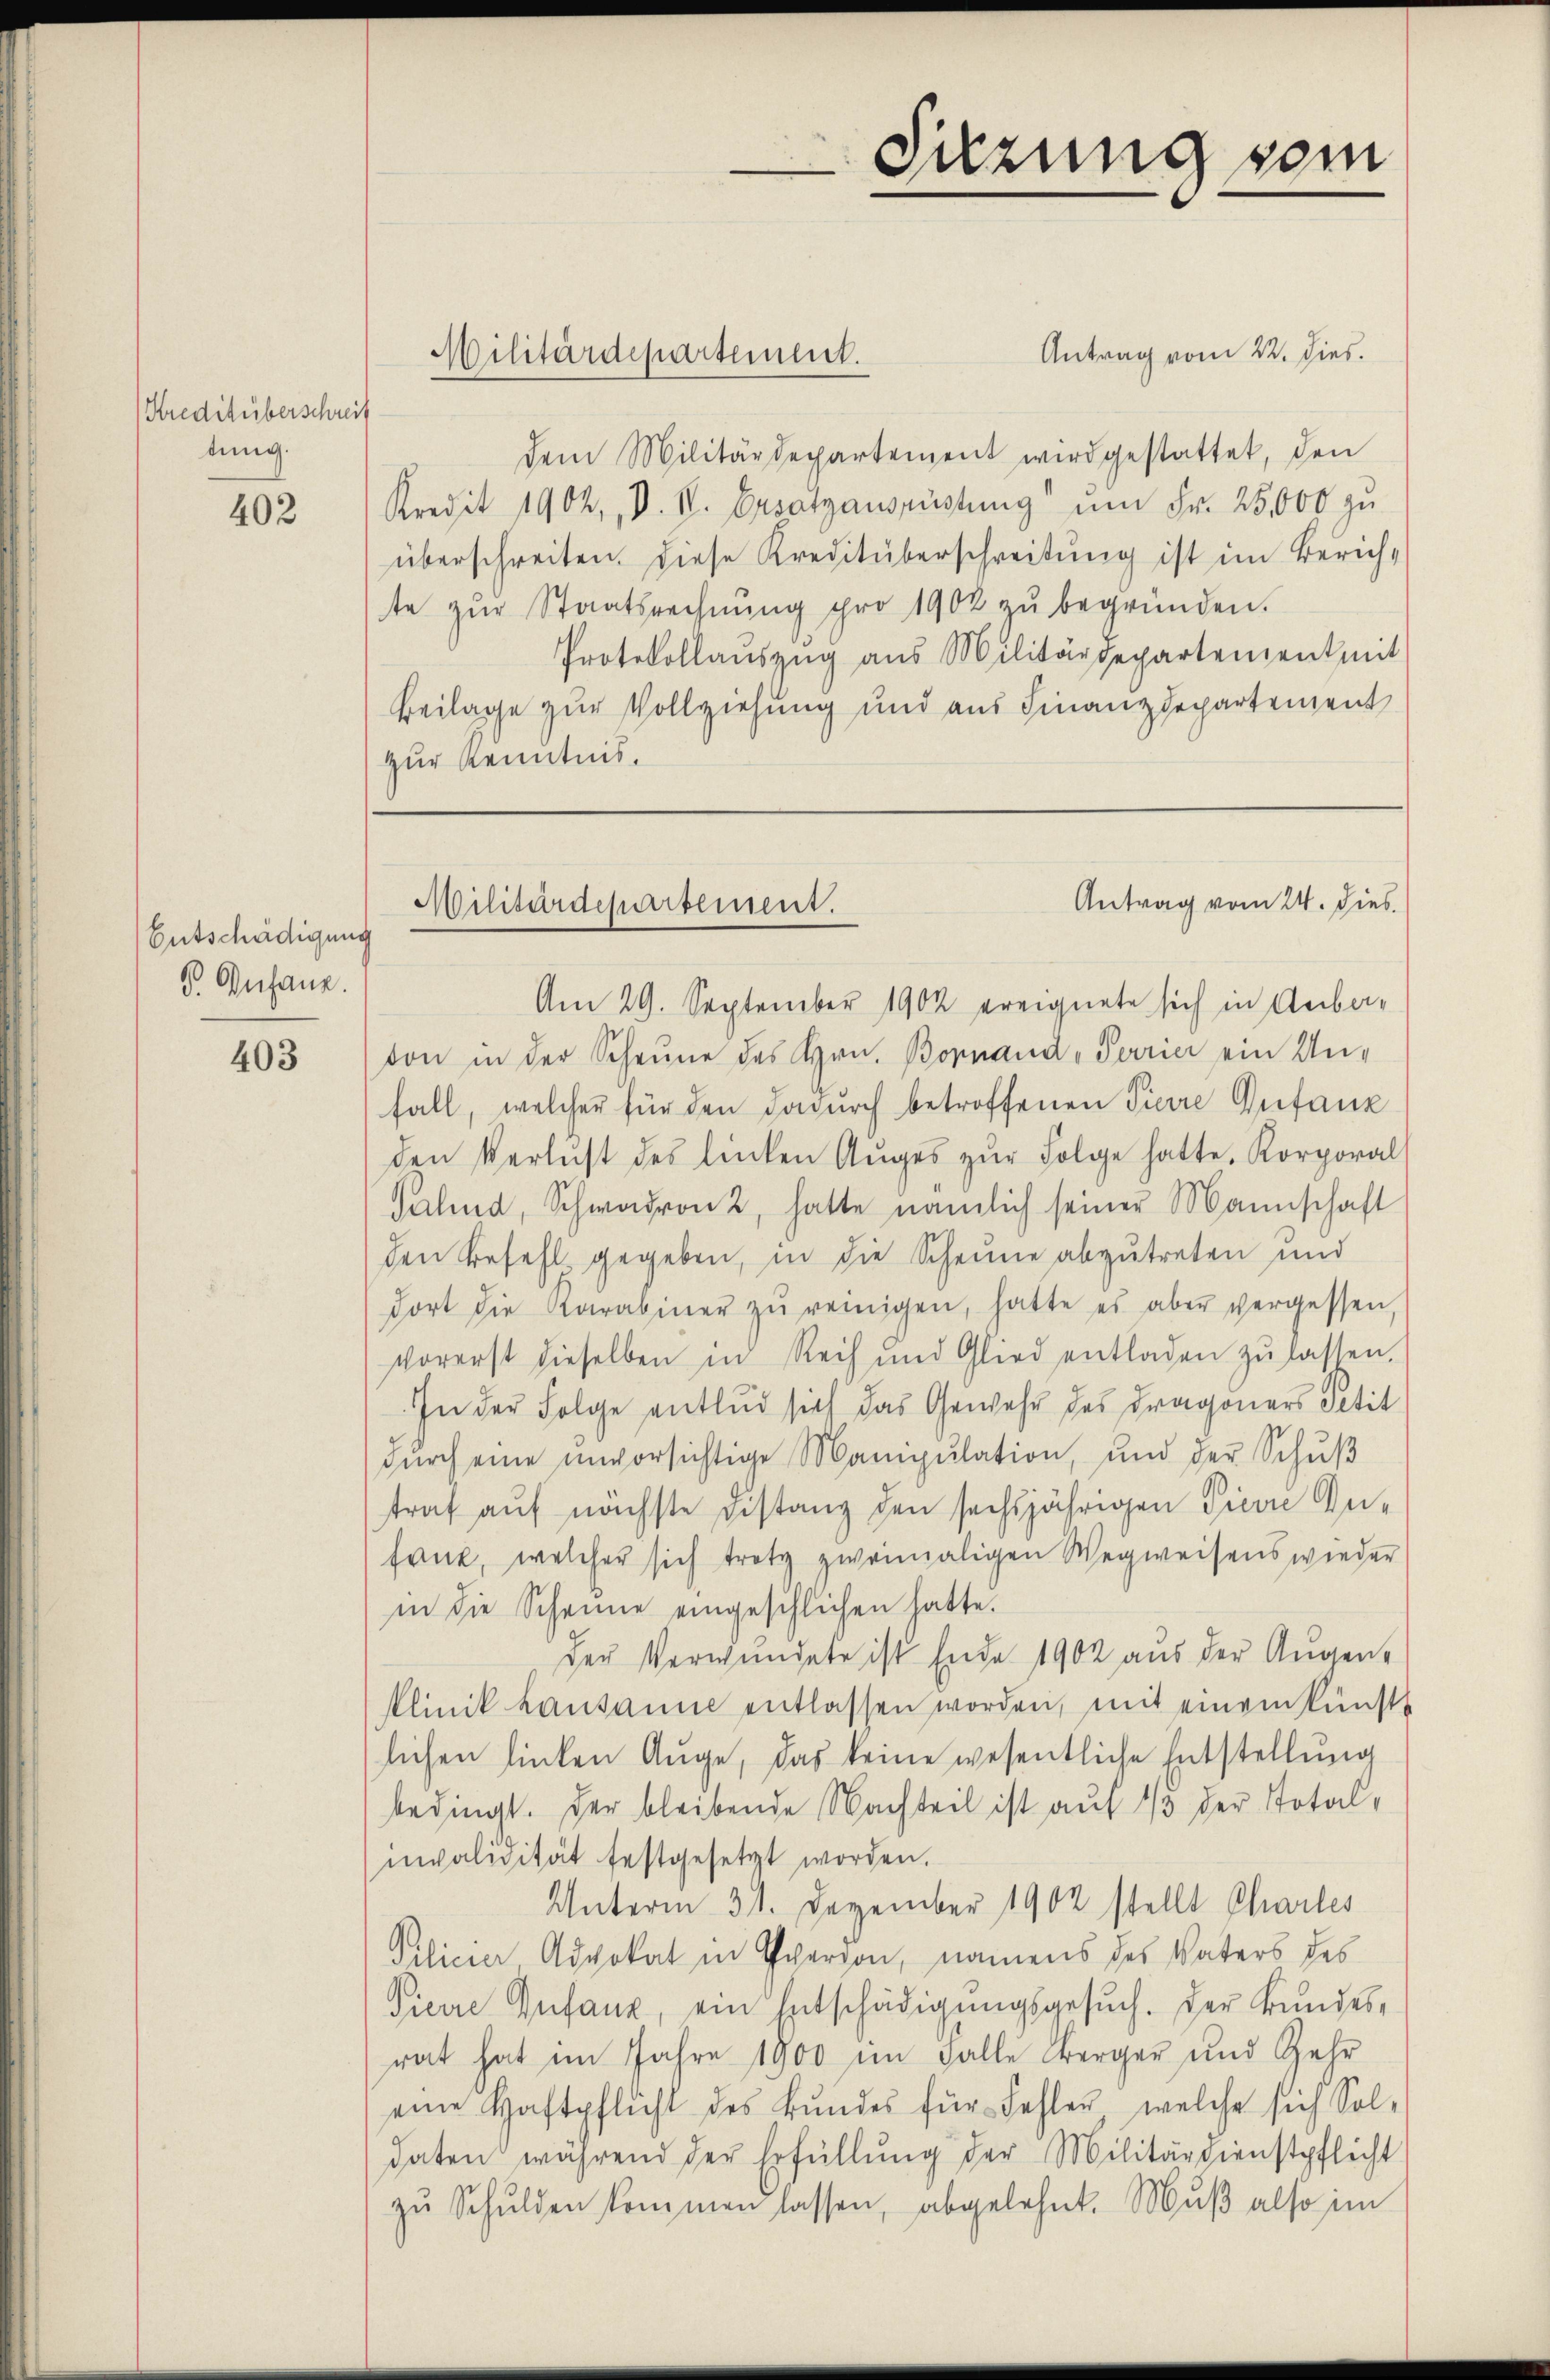
Kreditüberschreit
tung.

402

Entschädigung
P Anhang.

403

Antrag vom 22. dies.
dem Militärdepartement wird gestattet, den
Kredit 1902, D. V. Ersatzausrüstung" ŭm Fr. 25,000 zu
überschreiten. Diese Kreditüberschreitung ist im Zürichte zŭr Staatsrechnŭng pro 1902 zŭ begründen.
Protokollauszug aus Militärdepartement mit
Beilage zur Vollziehung und aus Finanzdepartement
zur Kenntnis.

Militärdepartement.
.

Sitzung vom

Antrag vom 24. dies
Militärdepartement.

Am 29. September 1902 ereignete sich in Anbe-
von in der Scheune des Hrn. Bornaud-Terrier ein Unfall, welcher für den dadurch betroffenen Pierre Anfanz
den Verlust des linken Aŭges zŭr Folge hatte, Korporal
Salind, Schwadron 2, hatte nämlich seiner Mannschaft
den Befehl gegeben, in die Scheune abzutreten und
dort die Karabiner zŭ reinigen, hatte es aber vergessen,
vorerst dieselben in Reih und Glied entladen zŭ lassen.
In der Folge entlud sich das Gewehr des Dragoners Petit
dŭrch eine unvorsichtige Manipulation, und der Schŭβ
straf auf nächste Distanz den sechsjährigen Pierre Zufank, welcher sich trotz zweimaligen Wegweisens wieder
in die Scheine eingeschlichen hatte.
der Verwundete ist Ende 1902 aus der Augen¬
Plinik Lausanne entlassen worden, mit einem künst
lichen linken Auge, das keine wesentliche Entstellung
bedingt. Der bleibende Nachteil ist auf 1/3 der Totalnivalidität festgesetzt worden.
Unterm 31. Dezember 1902 stellt Charles
Pilicier Advokat in Hervon, namens des Vaters des
Pierre Zufanz, ein Entschädigungsgesuch. Der Bundesrat hat im Jahre 1900 im Falle Berger und Zehr
eine Haftpflicht des Bundes für Fehler, welche sich Sol-
daten während der Erfüllŭng der Militärdienstpflicht
zŭ Schulden kommen lassen, abgelehnt. Muß also im